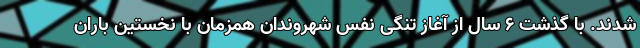
شدند. با گذشت ۶ سال از آغاز تنگی نفس شهروندان همزمان با نخستین باران